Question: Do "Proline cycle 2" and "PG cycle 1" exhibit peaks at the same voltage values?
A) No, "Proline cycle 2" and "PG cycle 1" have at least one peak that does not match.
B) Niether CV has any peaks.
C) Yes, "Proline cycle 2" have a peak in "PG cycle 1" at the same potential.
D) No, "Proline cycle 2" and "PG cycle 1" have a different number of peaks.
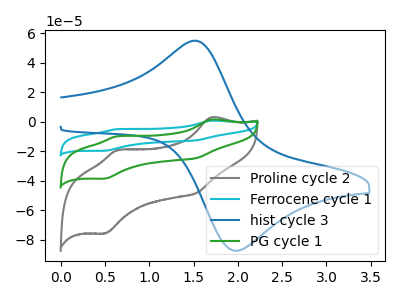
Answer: <think>The gray curve "Proline cycle 2" has anodic peaks at (1.70V, 3.10uA) (0.65V, -19.15uA) and cathodic peaks at (1.55V, -48.10uA) (0.50V, -75.75uA). The cyan curve "Ferrocene cycle 1" has anodic peaks at (1.70V, 3.15uA) (0.65V, -19.50uA) and cathodic peaks at (1.55V, -48.95uA) (0.50V, -77.05uA). The blue curve "hist cycle 3" has an anodic peak at (1.50V, 55.05uA) and a cathodic peak at (2.00V, -87.35uA). The green curve "PG cycle 1" has anodic peaks at (1.70V, 1.55uA) (0.65V, -9.75uA) and cathodic peaks at (1.55V, -24.45uA) (0.50V, -38.55uA).</think>
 <answer>C) Yes, "Proline cycle 2" have a peak in "PG cycle 1" at the same potential.</answer>
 <eval>C</eval>